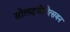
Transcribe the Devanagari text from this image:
सोलदजेनित्सयन